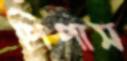
পিপাস